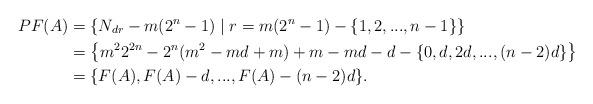
LaTeX: \begin{align*}PF(A)&=\{ N_{dr}-m(2^n-1) \mid r=m(2^n-1)-\{1,2,...,n-1\}\}\\&=\left\{m^22^{2n}-2^n(m^2-md+m)+m-md-d-\{0,d,2d,...,(n-2)d\} \right\}\\&=\{F(A),F(A)-d,...,F(A)-(n-2)d\}.\end{align*}